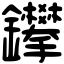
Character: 鑻